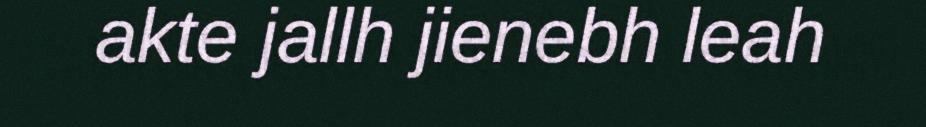
akte jallh jienebh leah